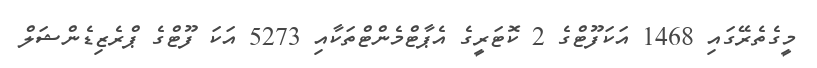
މީގެތެރޭގައި 1468 އަކަފޫޓްގެ 2 ކޮޓަރީގެ އެޕާޓްމެންޓްތަކާއި 5273 އަކަ ފޫޓްގެ ޕްރެޒިޑެންޝަލް